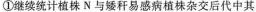
①继续统计植株N与矮秆易感病植株杂交后代中其